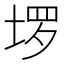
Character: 𫭽